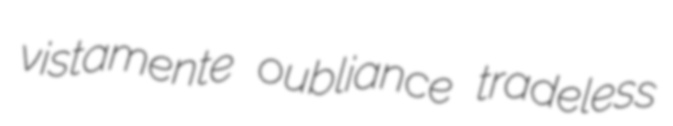
vistamente oubliance tradeless